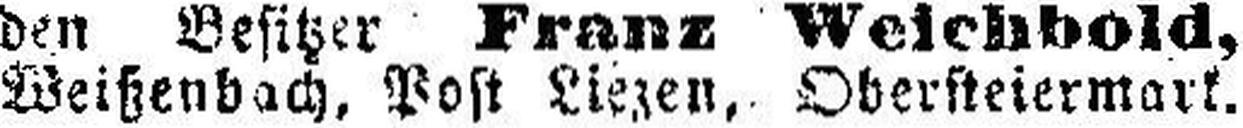
Weißenbach, Post Liezen, Obersteiermark